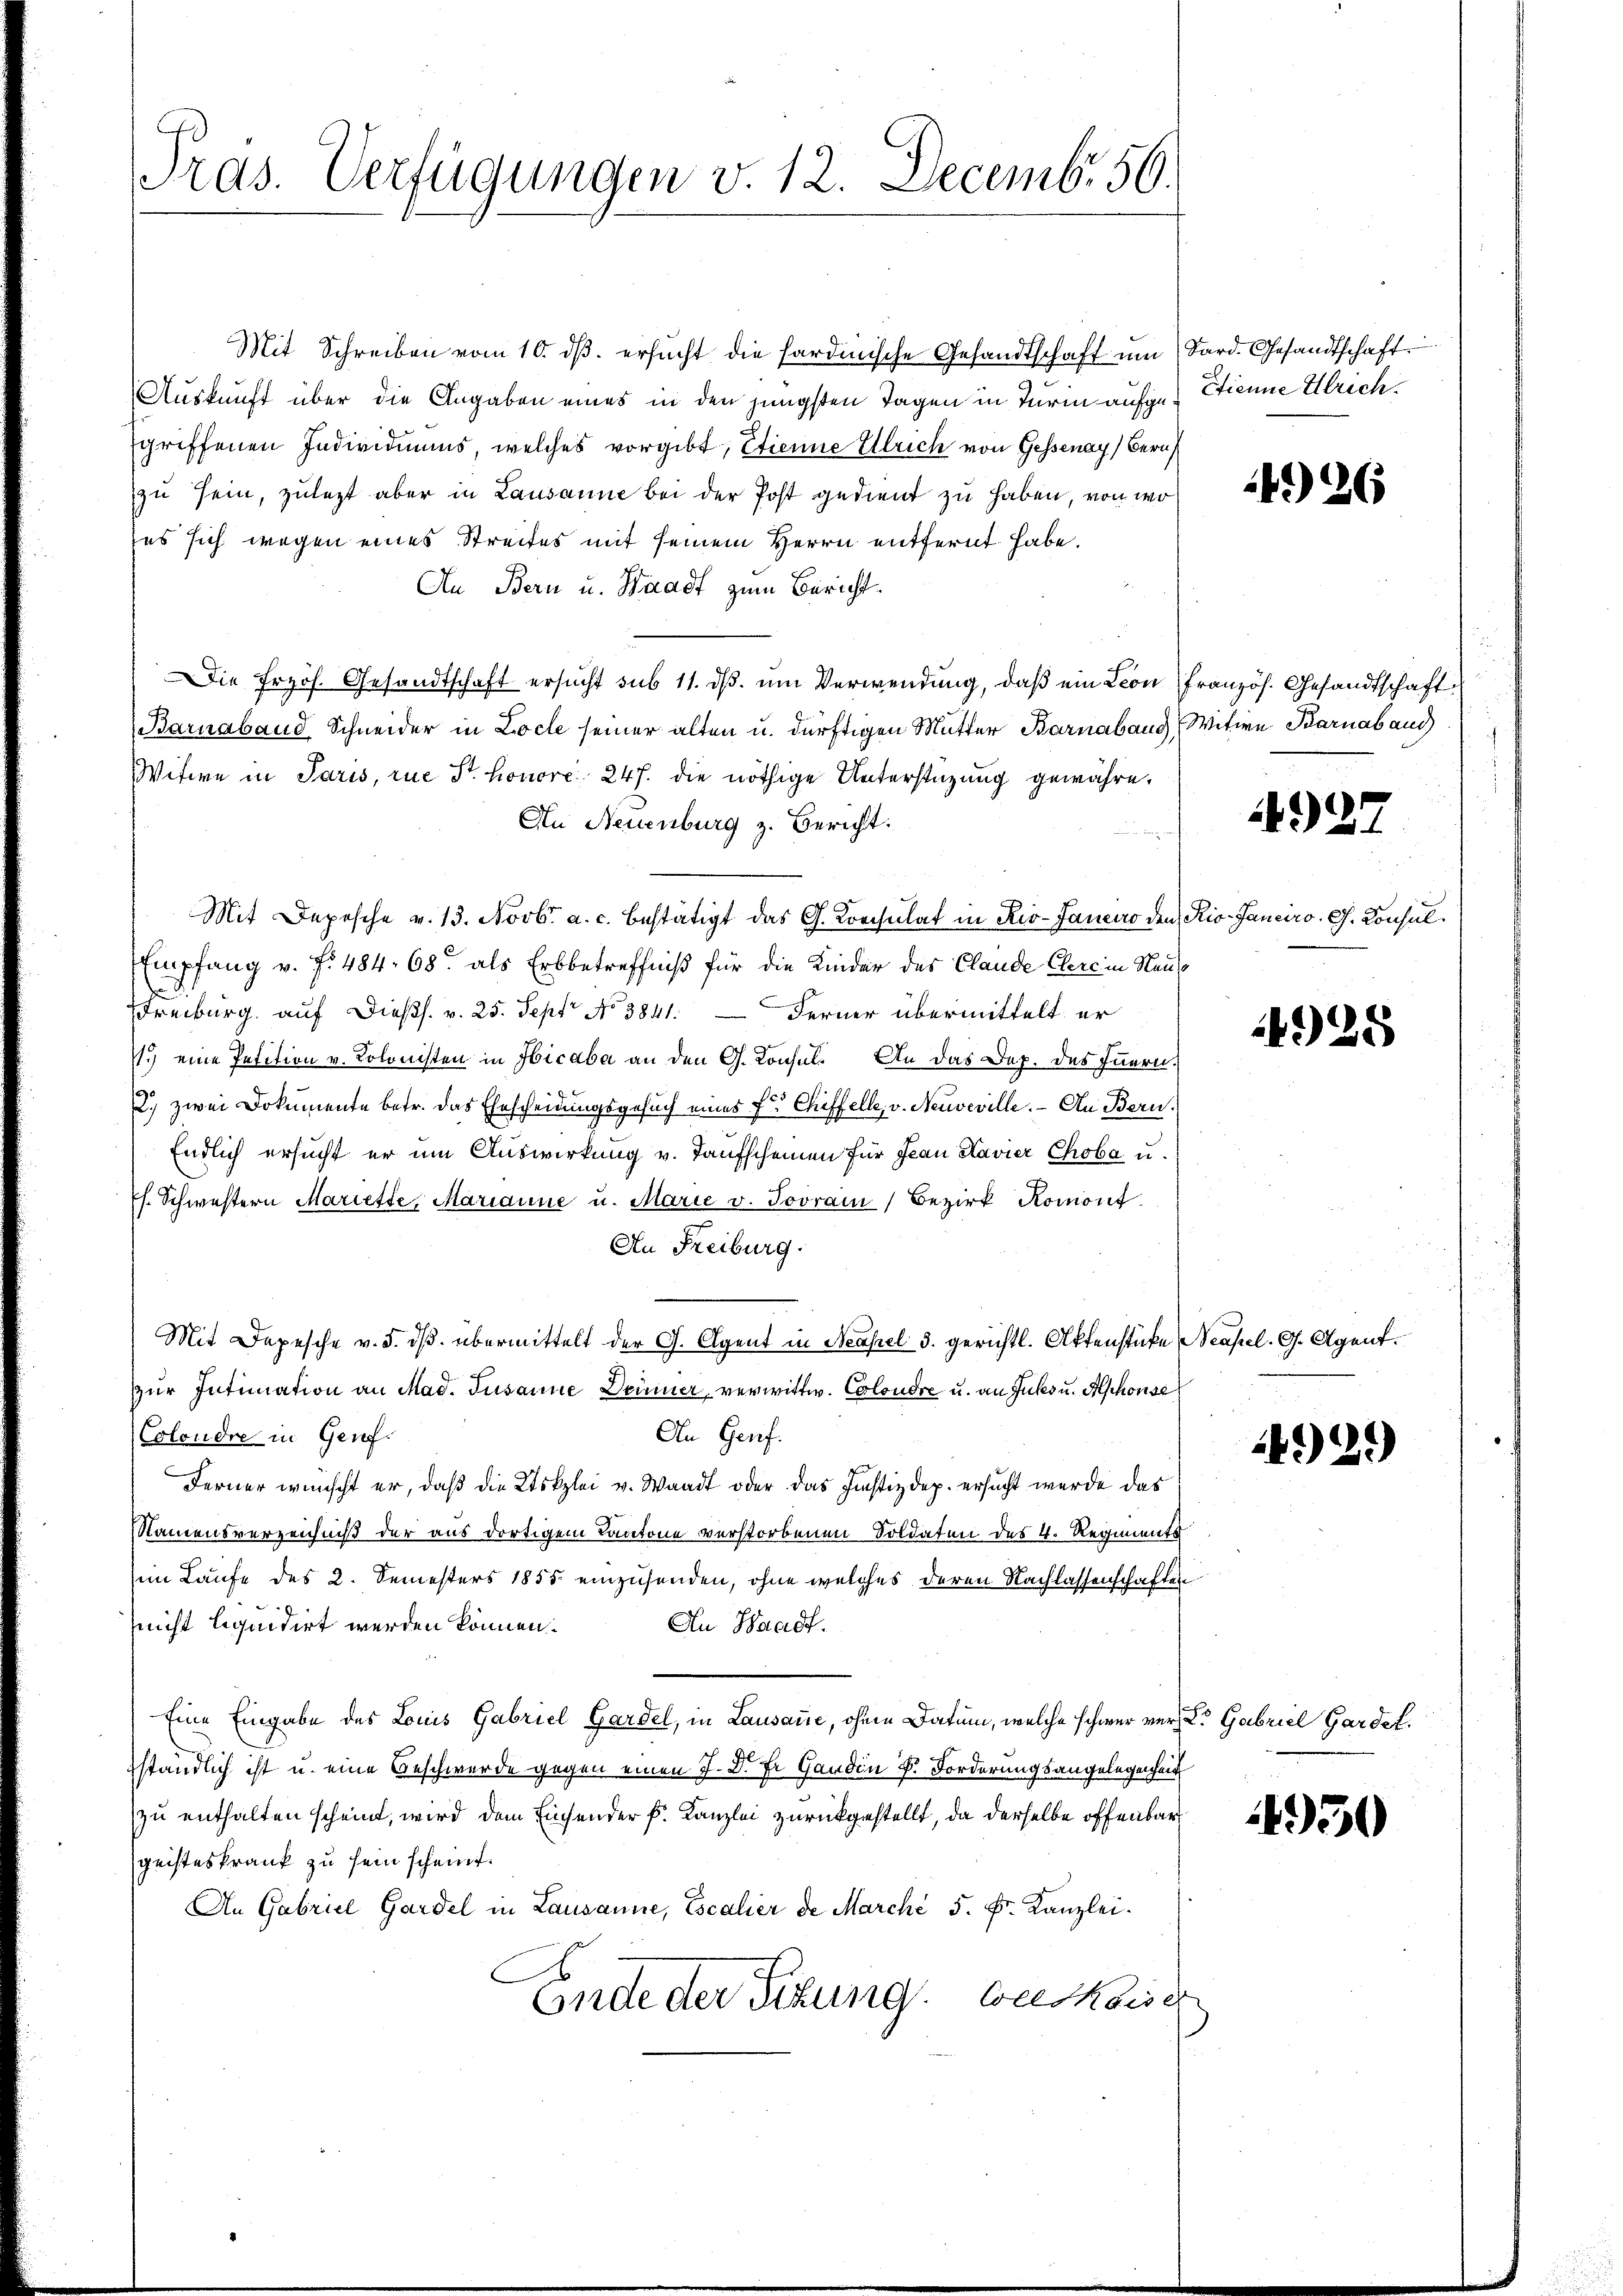
Ords. Verfügungen v. 12. Decemb. 56.

Mit Schreiben vom 10. dβ. ersŭcht die sardinische Gesandtschaft um (Bard. Gesandtschaft
Auskunft über die Angaben eines in den jüngsten Tagen in Turin aufgegriffenen Individiums, welches vorgibt, Etienne Ulrich von Gessenay) Bern
zu sein, zulezt aber in Lausanne bei der Post gedient zu haben, von wo
ses sich wegen eines Streites mit seinem Herrn entfernt habe.
An Bern u. Staadt zum Bericht
Die frzös. Gesandtschaft ersucht sub 11. ds. um Verwendung, daß ein Lion französ. Gesandtschaft
Barnaband Schneider in Locle seiner alten u. dürftigen Mutter Barnabaud Witwe Karnab auc
Witwe in Paris, rue Sr. honore 247. die nöthige Unterstüzung gewähre.
An Neuenburg z. Bericht:
Mit Depesche v. 13. Novbr. a. c. bestätigt das G. Konsulat in Rio-Janeiro den Rio-Janciro, G. Konsul¬
Empfang v. f. 484. 68 als Erbbetreffniß für die Kinder des Claude Clere in Neus
Freiburg, auf dießs. v. 25. Sept No 3841. Ferner übermittelt er
1.) eine Petition v. Kolonisten in Hicaba an den G. Konsul- An das Dap. des Innern,
2.) zwei Dokumente betr. das Ehescheidungsgesuch eines fr. Chiffelle, v. Neuveville. — An Bern.
Endlich ersucht er um Auswirkung v. Taufscheinen für Jean Havier Choba u.
s. Schwestern Mariette, Marianne u. Marie v. Jovrain Bezirk Romont.
|
An Freiburg.
Mit Depesche v. 5. ds. übermittelt der G. Agent in Neapel 3. gerichtl. Aktenstücke Neapel. G. Agent.
zur Intimation an Mad. Susanne Drümer verwittw. Colondre u. an Jukou. Aschon se
An Genf.
Colondre in Genf.
Ferner wünscht er, daß die Utskzlei v. Waadt oder das Justizdep. ersucht werde das
Namensverzeichniß der aus dortigem Kantone verstorbenen Soldaten des 4. Regiments
in Laufe des 2. Semesters 1855 einzusenden, ohne welches deren Nachlassenschaften
(nicht liquidirt werden können.
An Waadt
Eine Eingabe des Louis Gabriel Gardel, in Lausanne, ohnen Datum, welche schwer verzer Gabriel Gardel.
ständlich ist u. eine Beschwerde gegen einen 7. d. Er Gandin D. Forderungsangelegenheit
zu enthalten scheint, wird dem Einsender k. Kanzlei zurückgestellt, da derselbe offenbar
geisteskrank zu sein scheint.
An Gabriel Gardel in Lausanne, Escalier de Marché 5. Fr. Kanzlei-
Ende der Sitzung. Auskaiser

Sienne Ulrich.

) 26

437

4925

492)

4950